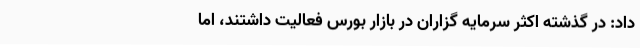
داد: در گذشته اکثر سرمایه گزاران در بازار بورس فعالیت داشتند، اما